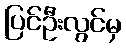
ပြင်ဦးလွင်မှ